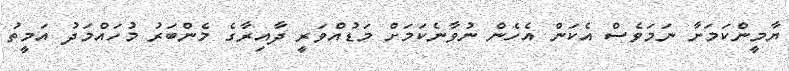
ޔާމީންކަމަށާ ނަމަވެސް އެކަން އެހެން ނުވާނެކަމަށް މަޑުއްވަރީ ދާއިރާގެ މެންބަރު މުހައްމަދު އަމީތު